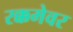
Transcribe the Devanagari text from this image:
रक्कमेवर